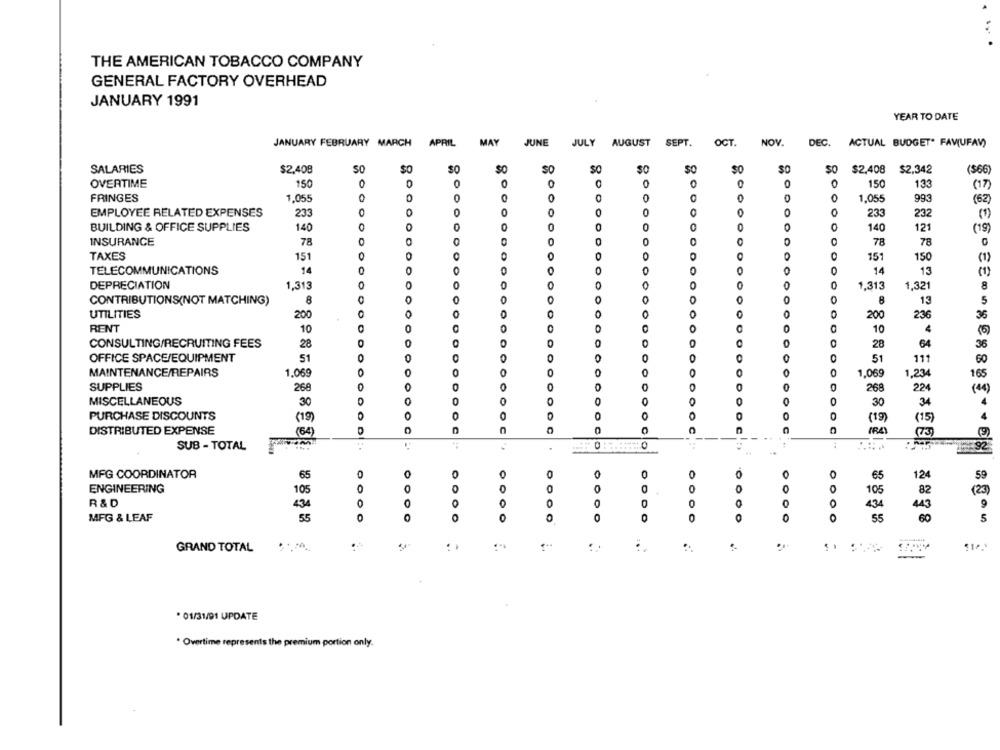
THE AMERICAN TOBACCO COMPANY
GENERAL FACTORY OVERHEAD
JANUARY 1991
YEAR TO DATE
JANUARY FEBRUARY MARCH
APRIL
MAY
JUNE
JULY
AUGUST
SEPT.
OCT
NOV.
DEC. ACTUAL BUDGET* FAV(UFAW)
SALARIES
$2,408
SO
SC
so
SO
SO
SO
$2,408
$2,342
($66)
OVERTIME
150
O
0
0
0
O
0
150
133
0
0
FRINGES
1,055
0
0
0
1,055
993
(62)
0
O
EMPLOYEE RELATED EXPENSES
233
0
0
0
0
233
232
(1)
0
0
BUILDING & OFFICE SUPPLIES
140
O
0
140
121
(19)
78
0
78
INSURANCE
78
TAXES
151
0
151
150
(1)
TELECOMMUNICATIONS
14
O
0
0
0
14
13
(1)
DEPRECIATION
1,313
O
1,313
8
1,321
CONTRIBUTIONS(NOT MATCHING)
8
8
5
D
13
UTILITIES
200
0
0
200
236
35
RENT
10
0
10
4
CONSULTING/RECRUITING FEES
28
0
28
64
36
OFFICE SPACE/EQUIPMENT
51
0
0
0
51
111
60
MAINTENANCE/REPAIRS
1.069
O
1,069
1,234
165
SUPPLIES
268
DOD
C
0
0
268
224
(44)
MISCELLANEOUS
30
0
0
0
0
30
34
PURCHASE DISCOUNTS
(19)
0
0
(19)
(15)
4
DISTRIBUTED EXPENSE
DOC
OC
C
SUB - TOTAL
0
0
MFG COORDINATOR
65
0
0
O
0
0
0
65
124
59
ENGINEERING
O
0
0
O
105
0
O
0
105
82
(23)
R & D
434
0
0
434
443
9
MFG & LEAF
0
0
0
DO
0
O
55
60
5
0
GRAND TOTAL
..
. 01/31/91 UPDATE
. Overtime represents the premium portion only.